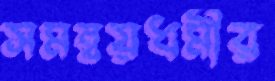
সমন্বয়ধর্মীর